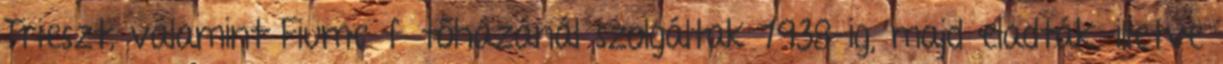
Trieszt, valamint Fiume fűtőházánál szolgáltak 1938-ig, majd eladták, illetve